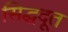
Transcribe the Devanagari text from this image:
सिद्धदूत